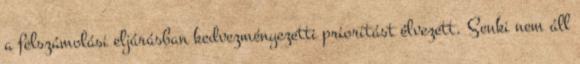
a felszámolási eljárásban kedvezményezetti prioritást élvezett. Senki nem áll